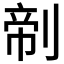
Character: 𰄺